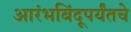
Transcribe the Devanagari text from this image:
आरंभबिंदूपर्यंतचे